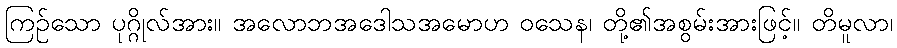
ကြဉ်သော ပုဂ္ဂိုလ်အား။ အလောဘအဒေါသအမောဟ ဝသေန၊ တို့၏အစွမ်းအားဖြင့်။ တိမူလာ၊